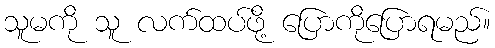
သူမကို သူ လက်ထပ်ဖို့ ပြောကိုပြောရမည်။